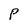
Character: P